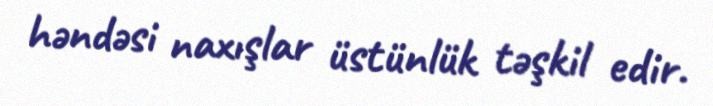
həndəsi naxışlar üstünlük təşkil edir.